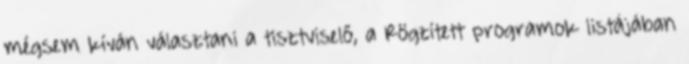
mégsem kíván választani a tisztviselő, a Rögzített programok listájában